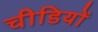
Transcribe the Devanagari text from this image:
चीडियों